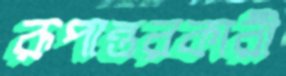
রূপান্তরকারী